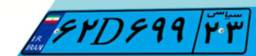
۶۲D۶۹۹۲۳